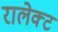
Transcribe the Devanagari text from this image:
रालेक्ट